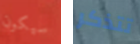
سيكون تتذكر